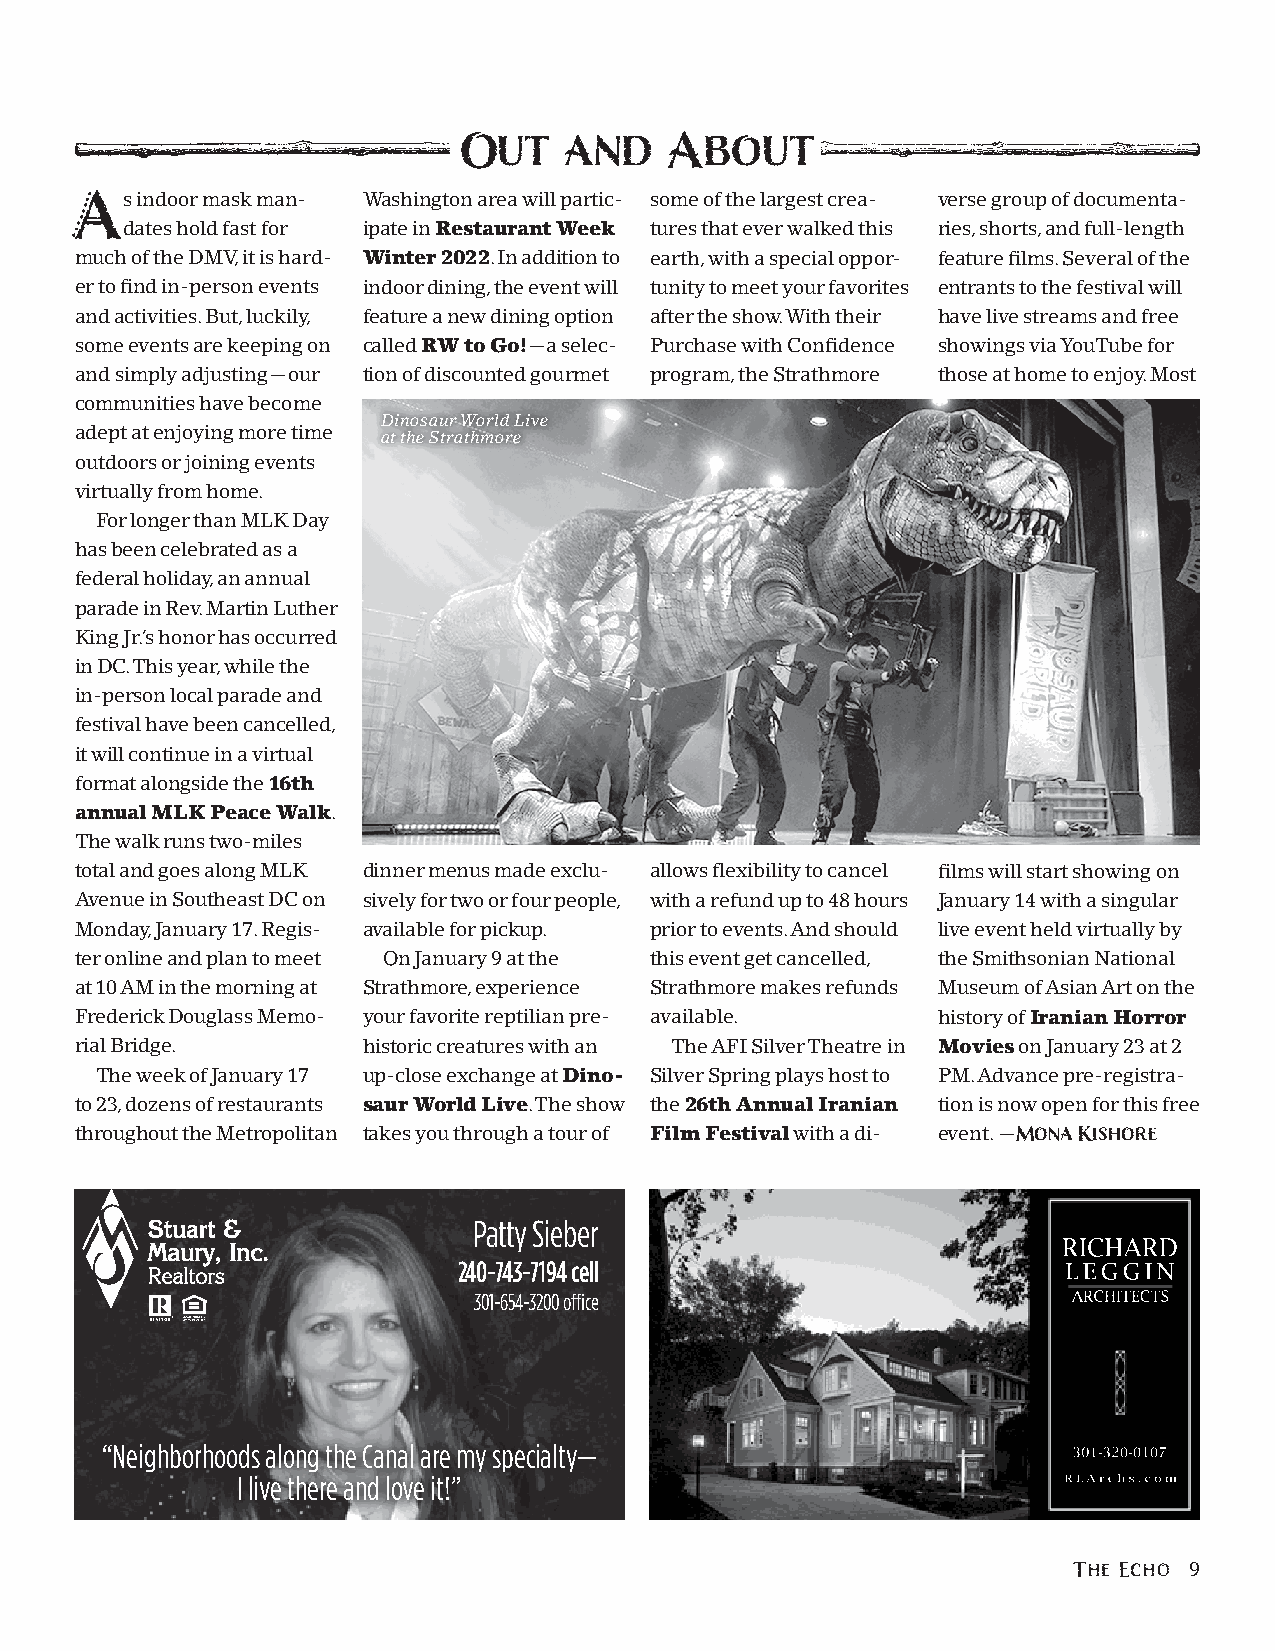
Out    and    About
 s indoor mask man- Washington area will partic- some of the largest crea- verse group of documenta-
 A
 dates hold fast for ipate in Restaurant Week tures that ever walked this ries, shorts, and full-length
 much of the DMV, it is hard- Winter 2022. In addition to earth, with a special oppor- feature films. Several of the
 er to find in-person events indoor dining, the event will tunity to meet your favorites entrants to the festival will
 and activities. But, luckily, feature a new dining option after the show. With their have live streams and free
 some events are keeping on called RW to Go!—a selec- Purchase with Confidence showings via YouTube for
 and simply adjusting—our tion of discounted gourmet program, the Strathmore those at home to enjoy. Most
 communities have become
 Dinosaur World Live
 adept at enjoying more time at the Strathmore
 outdoors or joining events
 virtually from home.
 For longer than MLK Day
 has been celebrated as a
 federal holiday, an annual
 parade in Rev. Martin Luther
 King Jr.’s honor has occurred
 in DC. This year, while the
 in-person local parade and
 festival have been cancelled,
 it will continue in a virtual
 format alongside the 16th
 annual MLK Peace Walk.
 The walk runs two-miles
 total and goes along MLK dinner menus made exclu- allows flexibility to cancel films will start showing on
 Avenue in Southeast DC on sively for two or four people, with a refund up to 48 hours January 14 with a singular
 Monday, January 17. Regis- available for pickup. prior to events. And should live event held virtually by
 ter online and plan to meet On January 9 at the this event get cancelled, the Smithsonian National
 at 10 AM in the morning at Strathmore, experience Strathmore makes refunds Museum of Asian Art on the
 Frederick Douglass Memo- your favorite reptilian pre- available. history of Iranian Horror
 rial Bridge.       historic creatures with an The AFI Silver Theatre in Movies on January 23 at 2
 The week of January 17 up-close exchange at Dino- Silver Spring plays host to PM. Advance pre-registra-
 to 23, dozens of restaurants saur World Live. The show the 26th Annual Iranian tion is now open for this free
 throughout the Metropolitan takes you through a tour of Film Festival with a di- event. —Mona Kishore
 RICHARD
 Patty Sieber
 LEGGIN
 RICHARD
 240-743-7194 cell                        LAERCGHGITEICNTS
 301-654-3200 office                     ARCHITECTS
 “Neighborhoods along the Canal are my specialty—
 330011--33220-00-100170 7
 I live there and love it!”                            RRL LA Ar rc ch hs. sc .o cm
 o m
 The Echo 9